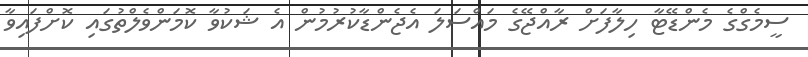
ސީމެގްގެ މެންޑޭޓާ ހިލާފަށް ރާއްޖޭގެ މައްސަލަ އެޖެންޑާކުރުމުން އެ ޝަކުވާ ކޮމަންވެލްތުގައި ކޮށްފައިވާ